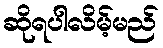
ဆိုရပါလိမ့်မည်